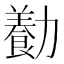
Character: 㔦